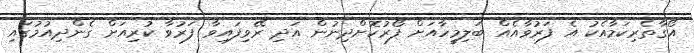
އޯގާތެރިކަމާއެކު އެ ފަރުވާއެއް ބަލިމީހާއަށް ފޯރުކޮށްދިނުން އަދި ރޭވިފައިވާ ފަރުވާ ކުރިއަށް ގެންދިއުމުގައި